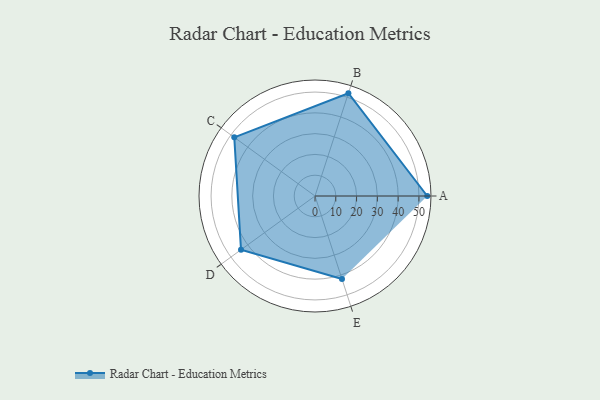
{"axis": {"x": "Skill", "y": "Score"}, "legend": ["Profile"], "data": [{"x": "A", "y": 54.0, "type": "Profile"}, {"x": "B", "y": 52.0, "type": "Profile"}, {"x": "C", "y": 48.0, "type": "Profile"}, {"x": "D", "y": 44.0, "type": "Profile"}, {"x": "E", "y": 42.0, "type": "Profile"}]}